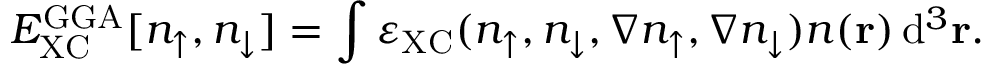
E _ { \mathrm { X C } } ^ { \mathrm { G G A } } [ n _ { \uparrow } , n _ { \downarrow } ] = \int \varepsilon _ { \mathrm { X C } } ( n _ { \uparrow } , n _ { \downarrow } , \nabla n _ { \uparrow } , \nabla n _ { \downarrow } ) n ( \mathbf { r } ) \, \mathrm { d } ^ { 3 } \mathbf { r } .